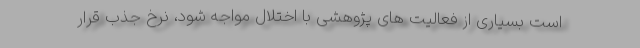
است بسیاری از فعالیت های پژوهشی با اختلال مواجه شود، نرخ جذب قرار